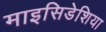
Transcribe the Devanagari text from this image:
माइसिडेशिया